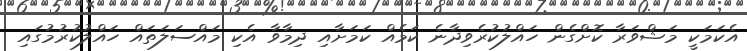
އެކަމަކީ މަޝްވަރާ ކޮށްގެން ހައްލުކުރެވިދާނެ ކަމެއް ކަމަށާއި ދިމާވާ އެކި މައްސަލަތައް ހައްލުކުރުމުގައި